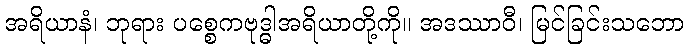
အရိယာနံ၊ ဘုရား ပစ္စေကဗုဒ္ဓါအရိယာတို့ကို။ အဒဿာဝီ၊ မြင်ခြင်းသဘော